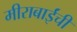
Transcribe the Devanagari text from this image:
मीराबाईंची